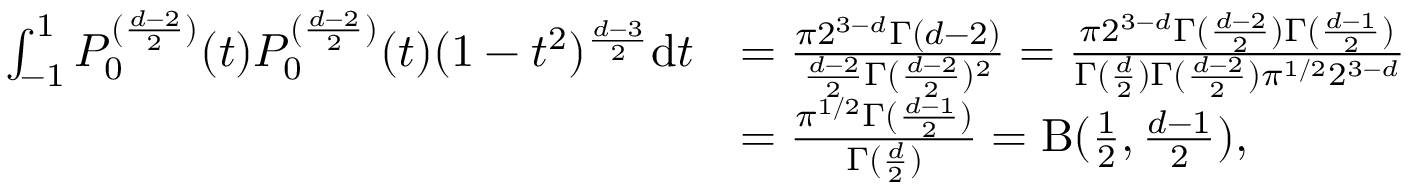
\begin{array} { r l } { \int _ { - 1 } ^ { 1 } P _ { 0 } ^ { ( \frac { d - 2 } { 2 } ) } ( t ) P _ { 0 } ^ { ( \frac { d - 2 } { 2 } ) } ( t ) ( 1 - t ^ { 2 } ) ^ { \frac { d - 3 } { 2 } } \mathrm { d } t } & { = \frac { \pi 2 ^ { 3 - d } \Gamma ( d - 2 ) } { \frac { d - 2 } { 2 } \Gamma ( \frac { d - 2 } { 2 } ) ^ { 2 } } = \frac { \pi 2 ^ { 3 - d } \Gamma ( \frac { d - 2 } { 2 } ) \Gamma ( \frac { d - 1 } { 2 } ) } { \Gamma ( \frac { d } { 2 } ) \Gamma ( \frac { d - 2 } { 2 } ) \pi ^ { 1 / 2 } 2 ^ { 3 - d } } } \\ & { = \frac { \pi ^ { 1 / 2 } \Gamma ( \frac { d - 1 } { 2 } ) } { \Gamma ( \frac { d } { 2 } ) } = \mathrm { B } ( \frac { 1 } { 2 } , \frac { d - 1 } { 2 } ) , } \end{array}